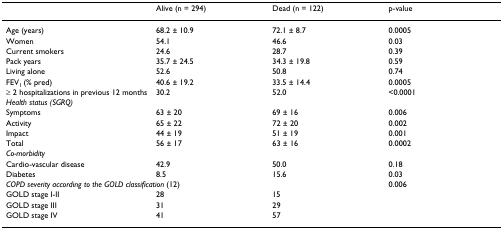
|  | Alive (n = 294) | Dead (n = 122) | p-value |
 | --- | --- | --- | --- |
 | Age (years) | 68.2 ± 10.9 | 72.1 ± 8.7 | 0.0005 |
 | Women | 54.1 | 46.6 | 0.03 |
 | Current smokers | 24.6 | 28.7 | 0.39 |
 | Pack years | 35.7 ± 24.5 | 34.3 ± 19.8 | 0.59 |
 | Living alone | 52.6 | 50.8 | 0.74 |
 | FEV1 (% pred) | 40.6 ± 19.2 | 33.5 ± 14.4 | 0.0005 |
 | ≥ 2 hospitalizations in previous 12 months | 30.2 | 52.0 | <0.0001 |
 | Health status (SGRQ) |  |  |  |
 | Symptoms | 63 ± 20 | 69 ± 16 | 0.006 |
 | Activity | 65 ± 22 | 72 ± 20 | 0.002 |
 | Impact | 44 ± 19 | 51 ± 19 | 0.001 |
 | Total | 56 ± 17 | 63 ± 16 | 0.0002 |
 | Co-morbidity |  |  |  |
 | Cardio-vascular disease | 42.9 | 50.0 | 0.18 |
 | Diabetes | 8.5 | 15.6 | 0.03 |
 | <COLSPAN=3> COPD severity according to the GOLD classification (12) | 0.006 |
 | GOLD stage I-II | 28 | 15 |  |
 | GOLD stage III | 31 | 29 |  |
 | GOLD stage IV | 41 | 57 |  |